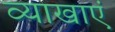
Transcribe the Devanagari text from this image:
व्याखाएं